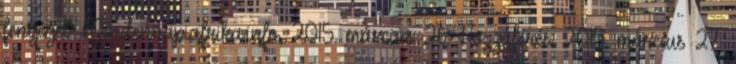
fenyeget. Mindennapiafrika.info, 2015. március 26. Hozzáférés: 2015. március 27.